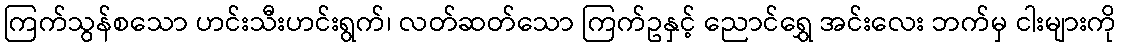
ကြက်သွန်စသော ဟင်းသီးဟင်းရွက်၊ လတ်ဆတ်သော ကြက်ဥနှင့် ညောင်ရွှေ အင်းလေး ဘက်မှ ငါးများကို